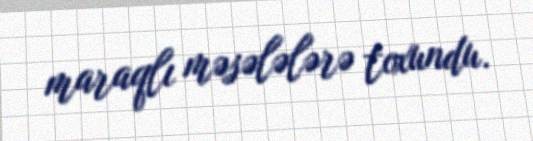
maraqlı məsələlərə toxundu.